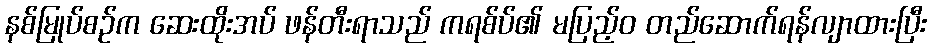
နစ်မြုပ်စဉ်က ဆေးထိုးအပ် ဖန်တီးရာသည် ကရစ်ပ်၏ မပြည့်ဝ တည်ဆောက်ရန်လျာထားပြီး